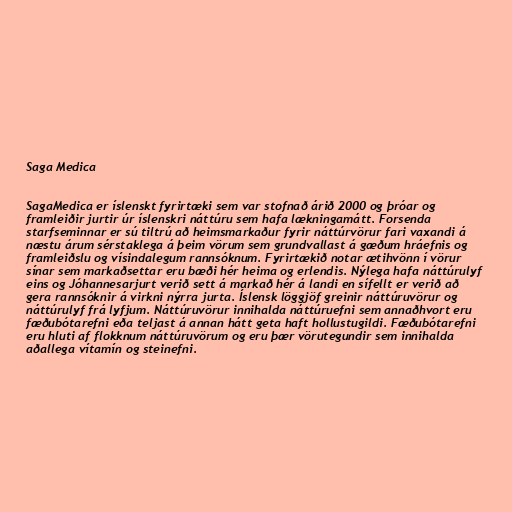
Saga Medica

SagaMedica er íslenskt fyrirtæki sem var stofnað árið 2000 og þróar og
framleiðir jurtir úr íslenskri náttúru sem hafa lækningamátt. Forsenda
starfseminnar er sú tiltrú að heimsmarkaður fyrir náttúrvörur fari vaxandi á
næstu árum sérstaklega á þeim vörum sem grundvallast á gæðum hráefnis og
framleiðslu og vísindalegum rannsóknum. Fyrirtækið notar ætihvönn í vörur
sínar sem markaðsettar eru bæði hér heima og erlendis. Nýlega hafa náttúrulyf
eins og Jóhannesarjurt verið sett á markað hér á landi en sífellt er verið að
gera rannsóknir á virkni nýrra jurta. Íslensk löggjöf greinir náttúruvörur og
náttúrulyf frá lyfjum. Náttúruvörur innihalda náttúruefni sem annaðhvort eru
fæðubótarefni eða teljast á annan hátt geta haft hollustugildi. Fæðubótarefni
eru hluti af flokknum náttúruvörum og eru þær vörutegundir sem innihalda
aðallega vítamín og steinefni.